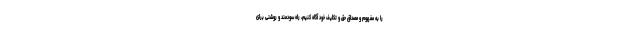
را به مفهوم و مصداق حق و تکلیف خود آگاه کنیم، راه سودمند و روشنی برای